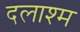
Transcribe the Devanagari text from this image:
दलाश्म